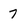
Character: 7